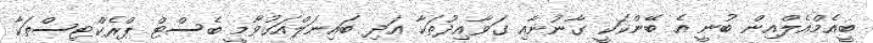
ބީއެމްއެލްއިން ބުނީ އެ ބޭންކަކީ ގާނުނާއި ގަވާއިދުތަކާ އަދި ބައިނަލްއަގުވާމީ ބެސްޓް ޕްރެކްޓިސްތަކާ